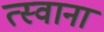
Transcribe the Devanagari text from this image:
त्स्वाना